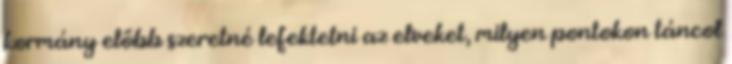
kormány előbb szeretné lefektetni az elveket, milyen pontokon táncol